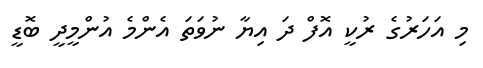
މި އަހަރުގެ ރުކީ އޮފް ދަ އިޔާ ނުވަތަ އެންމެ އުންމީދީ ބޮޑީ